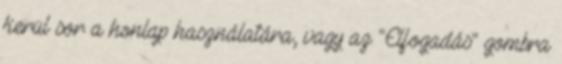
kerül sor a honlap használatára, vagy az "Elfogadás" gombra